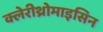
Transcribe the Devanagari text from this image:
क्लेरीथ्रोमाइसिन